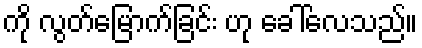
ကို လွတ်မြောက်ခြင်း ဟု ခေါ်လေသည်။